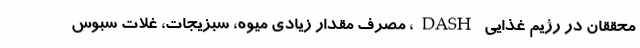
محققان در رژیم غذایی DASH، مصرف مقدار زیادی میوه، سبزیجات، غلات سبوس